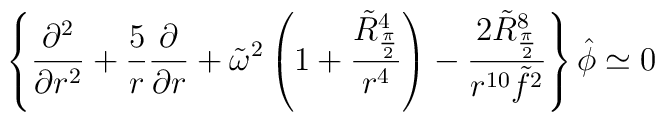
\left \{{\partial^2 \over {\partial r^2}}   +{ 5 \over r} {\partial \over {\partial r }}   + \tilde \omega^2 \left ( 1 +{{\tilde R_{\pi\over 2}^4} \over r^4 }\right)   - {{ 2 \tilde R_{\pi\over 2}^8 } \over {r^{10} \tilde f^2}} \right \} \hat \phi \simeq 0